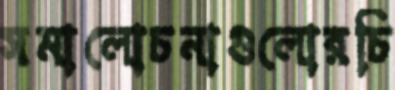
সমালোচনাগুলোরচি